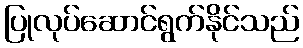
ပြုလုပ်ဆောင်ရွက်နိုင်သည်